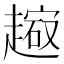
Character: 𧽔